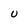
Character: U